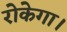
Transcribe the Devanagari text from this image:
रोकेगा।